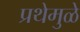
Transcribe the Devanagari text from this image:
प्रथेमुळे